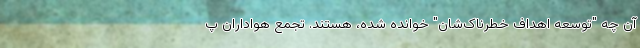
آن چه "توسعه اهداف خطرناک‌شان" خوانده شده، هستند. تجمع هواداران پ